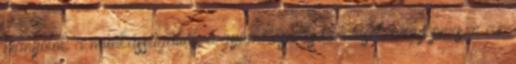
hiányolok a munkásságából, a gyümölcsevős tanmesét, vagy persze az